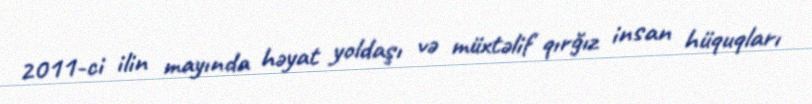
2011-ci ilin mayında həyat yoldaşı və müxtəlif qırğız insan hüquqları